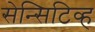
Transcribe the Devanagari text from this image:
सेन्सिटिव्ह